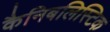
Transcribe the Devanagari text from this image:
कैनिबलिस्टिक